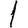
Digit: 1